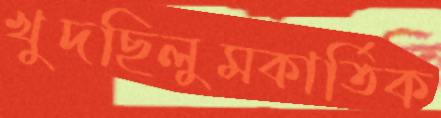
খুদছিলুমকার্তিক